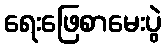
ရေးဖြေစာမေးပွဲ